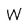
Character: W